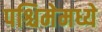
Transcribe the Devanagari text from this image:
पश्चिमेमध्ये